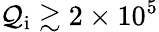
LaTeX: \mathcal{Q}_{\mathrm{{i}}}\gtrsim2\times10^{5}